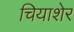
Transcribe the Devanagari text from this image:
चियाशेर